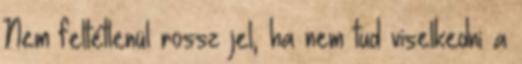
Nem feltétlenül rossz jel, ha nem tud viselkedni a